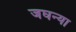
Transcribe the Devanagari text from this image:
जघन्या